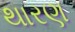
થારણ